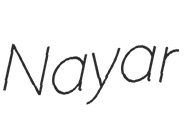
Nayar